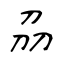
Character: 刕